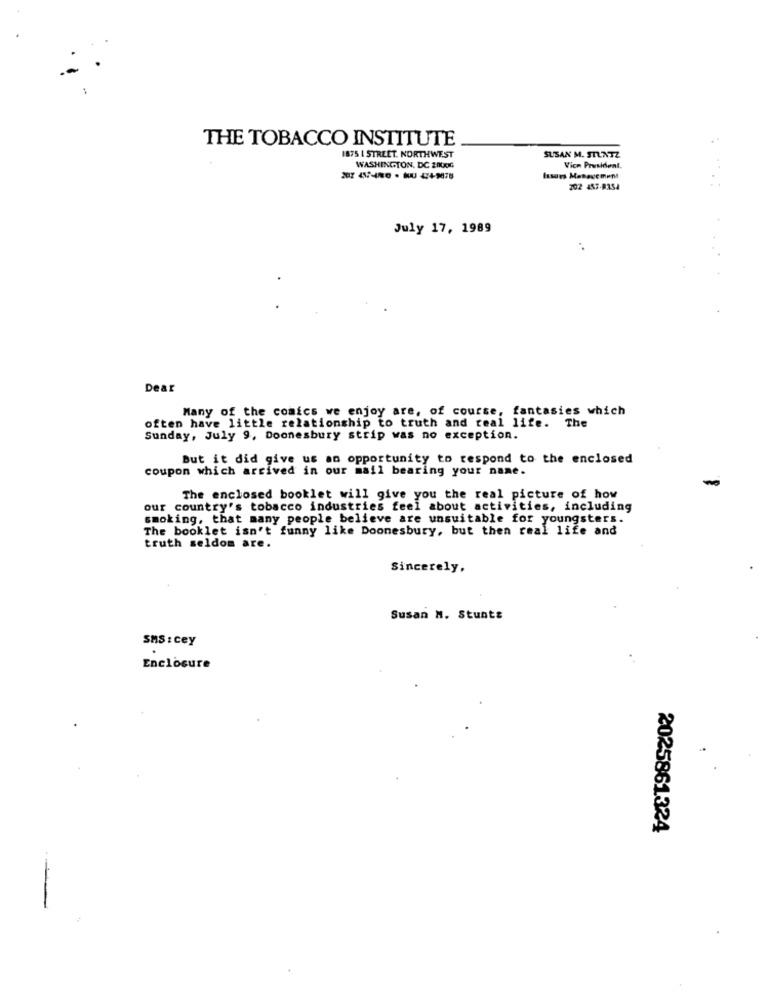
THE TOBACCO INSTITUTE
1875 | STREET. NORTHWEST
SUSAN M. STUNTZ
WASHINGTON, DC 2000G
Vice President.
Issues Management
202 457-8354
July 17, 1989
Dear
Many of the comics we enjoy are, of course, fantasies which
often have little relationship to truth and real life. The
Sunday, July 9, Doonesbury strip was no exception.
But it did give us an opportunity to respond to the enclosed
coupon which arrived in our mail bearing your name.
The enclosed booklet will give you the real picture of how
our country's tobacco industries feel about activities, including
smoking, that many people believe are unsuitable for youngsters.
The booklet isn't funny like Doonesbury, but then real life and
truth seldom are.
Sincerely,
Susan N. Stunts
SMS : cey
Enclosure
2025861324